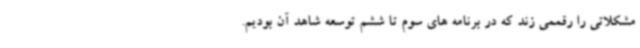
مشکلاتی را رقممی زند که در برنامه های سوم تا ششم توسعه شاهد آن بودیم.